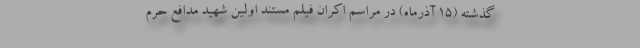
گذشته (۱۵ آذرماه) در مراسم ‌اکران ‌فیلم‌ مستند اولین ‌شهید مدافع ‌حرم‌